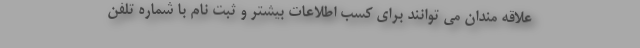
علاقه مندان می توانند برای کسب اطلاعات بیشتر و ثبت نام با شماره تلفن